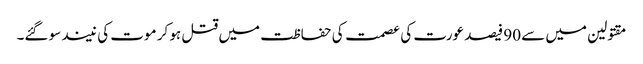
مقتولین میں سے 90 فیصد عورت کی عصمت کی حفاظت میں قتل ہو کر موت کی نیند سو گئے۔